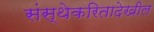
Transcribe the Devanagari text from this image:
संस्थेकरितादेखील